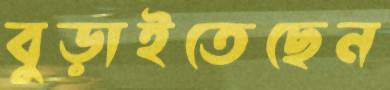
বুড়াইতেছেন